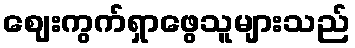
ဈေးကွက်ရှာဖွေသူများသည်